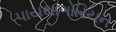
પાયથાગોરિયન